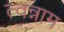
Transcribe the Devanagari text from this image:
त्वन्नाम